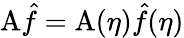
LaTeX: \mathrm{A}\hat{f}=\mathrm{A}(\eta)\hat{f}(\eta)